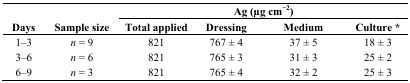
<table><thead><tr><td></td><td></td><td colspan="4"><b>Ag (μg cm<sup>−2</sup>)</b></td></tr><tr><td><b>Days</b></td><td><b>Sample size</b></td><td><b>Total applied</b></td><td><b>Dressing</b></td><td><b>Medium</b></td><td><b>Culture *</b></td></tr></thead><tbody><tr><td>1–3</td><td><i>n</i> = 9</td><td>821</td><td>767 ± 4</td><td>37 ± 5</td><td>18 ± 3</td></tr><tr><td>3–6</td><td><i>n</i> = 6</td><td>821</td><td>765 ± 3</td><td>31 ± 3</td><td>25 ± 2</td></tr><tr><td>6–9</td><td><i>n</i> = 3</td><td>821</td><td>765 ± 4</td><td>32 ± 2</td><td>25 ± 3</td></tr></tbody></table>